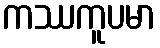
ကဿကူပမာ